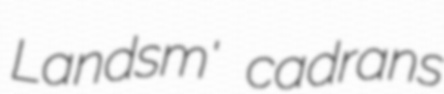
Landsm' cadrans